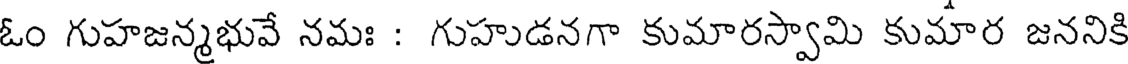
ఓం గుహజన్మభువే నమః : గుహుడనగా కుమారస్వామి కుమార జననికి